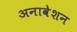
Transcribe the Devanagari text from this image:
अनावेशन